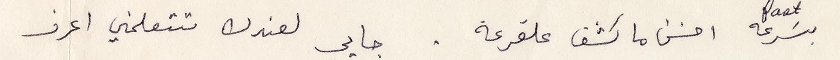
بسرعة احسن ما كشف علقرعة. جاي لعندك تتعلمني اعرف